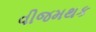
વીજમથક